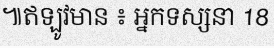
៕ឥឡូវមាន ៖ អ្នកទស្សនា 18